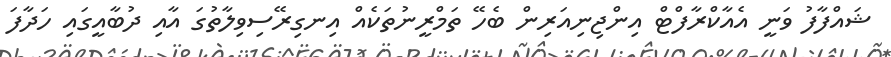
ޝައްފާފު ވަނީ އެއާކްރާފްޓް އިންޖިނިއަރިން ބެހޭ ތަމްރީނުތަކެއް އިނގިރޭސިވިލާތުގަ އާއި ދުބާއީގައި ހަދާފަ